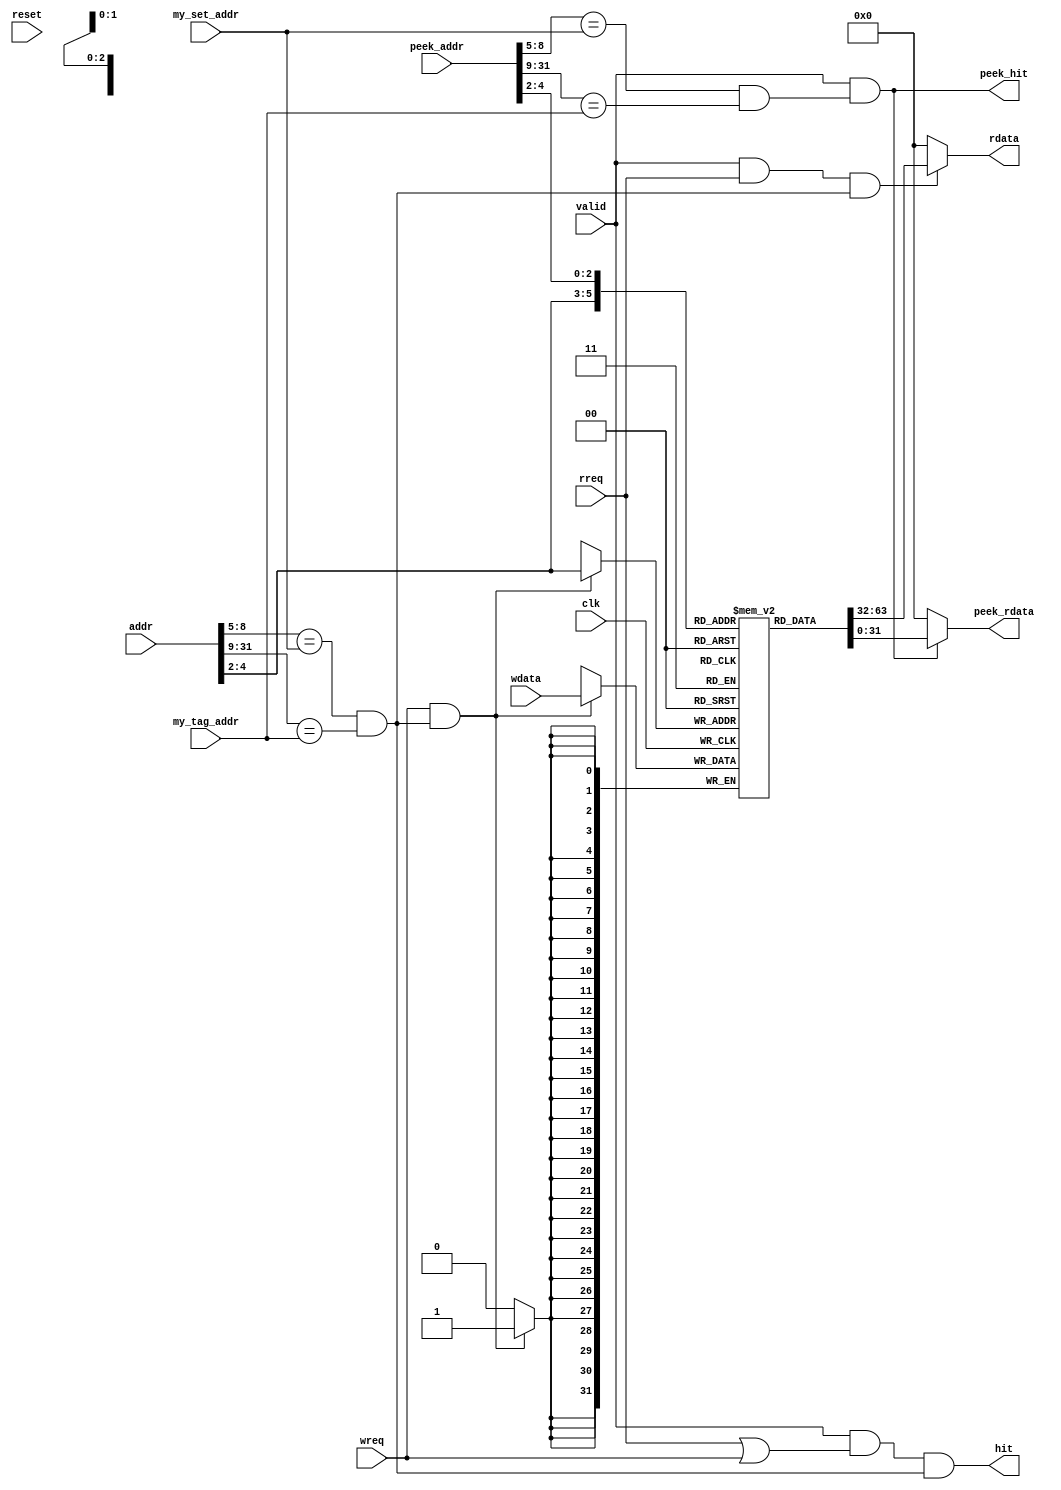
module L1Unit(clk, reset, rreq, wreq, addr, hit, rdata, wdata, 
              valid, my_tag_addr, my_set_addr, 
              peek_addr, peek_rdata, peek_hit);
    input  wire clk, reset;
    
    input  wire rreq, wreq;
    input  wire [31:0] addr;
    input  wire [31:0] wdata;
    output wire hit;
    output wire [31:0] rdata;
    
    input  wire valid;
    input  wire [22:0] my_tag_addr;
    input  wire [3:0] my_set_addr;
    
    input  wire [31:0] peek_addr;
    output wire [31:0] peek_rdata;
    output wire peek_hit;
    
    
    reg  [31:0] mem[0:7];
    
    wire [22:0] tag_addr;
    wire [3:0]  set_addr;
    wire [2:0]  word_addr;
    wire [1:0]  word_offset;
    assign {tag_addr, set_addr, word_addr, word_offset} = addr;

    wire [22:0] peek_tag_addr;
    wire [3:0]  peek_set_addr;
    wire [2:0]  peek_word_addr;
    wire [1:0]  peek_word_offset;
    assign {peek_tag_addr, peek_set_addr, peek_word_addr, peek_word_offset} = peek_addr;
    
    wire address_match = (set_addr == my_set_addr) & (tag_addr == my_tag_addr);
    assign hit = valid & (rreq | wreq) & address_match;
    assign rdata = (valid & rreq & address_match) ? mem[word_addr] : 32'h0;
        
    wire peek_match = (peek_set_addr == my_set_addr) & (peek_tag_addr == my_tag_addr);
    assign peek_hit = valid & peek_match;
    assign peek_rdata = (valid & peek_match) ? mem[peek_word_addr] : 32'h0;
    
    always @(posedge clk) begin
        if (wreq & address_match) begin
            mem[word_addr] <= wdata;
        end
    end
    
endmodule